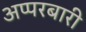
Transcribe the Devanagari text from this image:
अप्परबारी